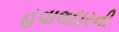
હવાલદારની